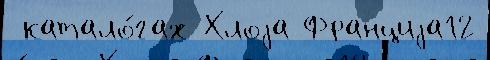
 катало́гах Хлоjа Франциjа12